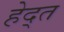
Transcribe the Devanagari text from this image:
हेद्त